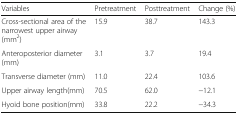
<table><thead><tr><td><b>Variables</b></td><td><b>Pretreatment</b></td><td><b>Posttreatment</b></td><td><b>Change (%)</b></td></tr></thead><tbody><tr><td>Cross-sectional area of the narrowest upper airway (mm<sup>2</sup>)</td><td>15.9</td><td>38.7</td><td>143.3</td></tr><tr><td>Anteroposterior diameter (mm)</td><td>3.1</td><td>3.7</td><td>19.4</td></tr><tr><td>Transverse diameter (mm)</td><td>11.0</td><td>22.4</td><td>103.6</td></tr><tr><td>Upper airway length(mm)</td><td>70.5</td><td>62.0</td><td>−12.1</td></tr><tr><td>Hyoid bone position(mm)</td><td>33.8</td><td>22.2</td><td>−34.3</td></tr></tbody></table>